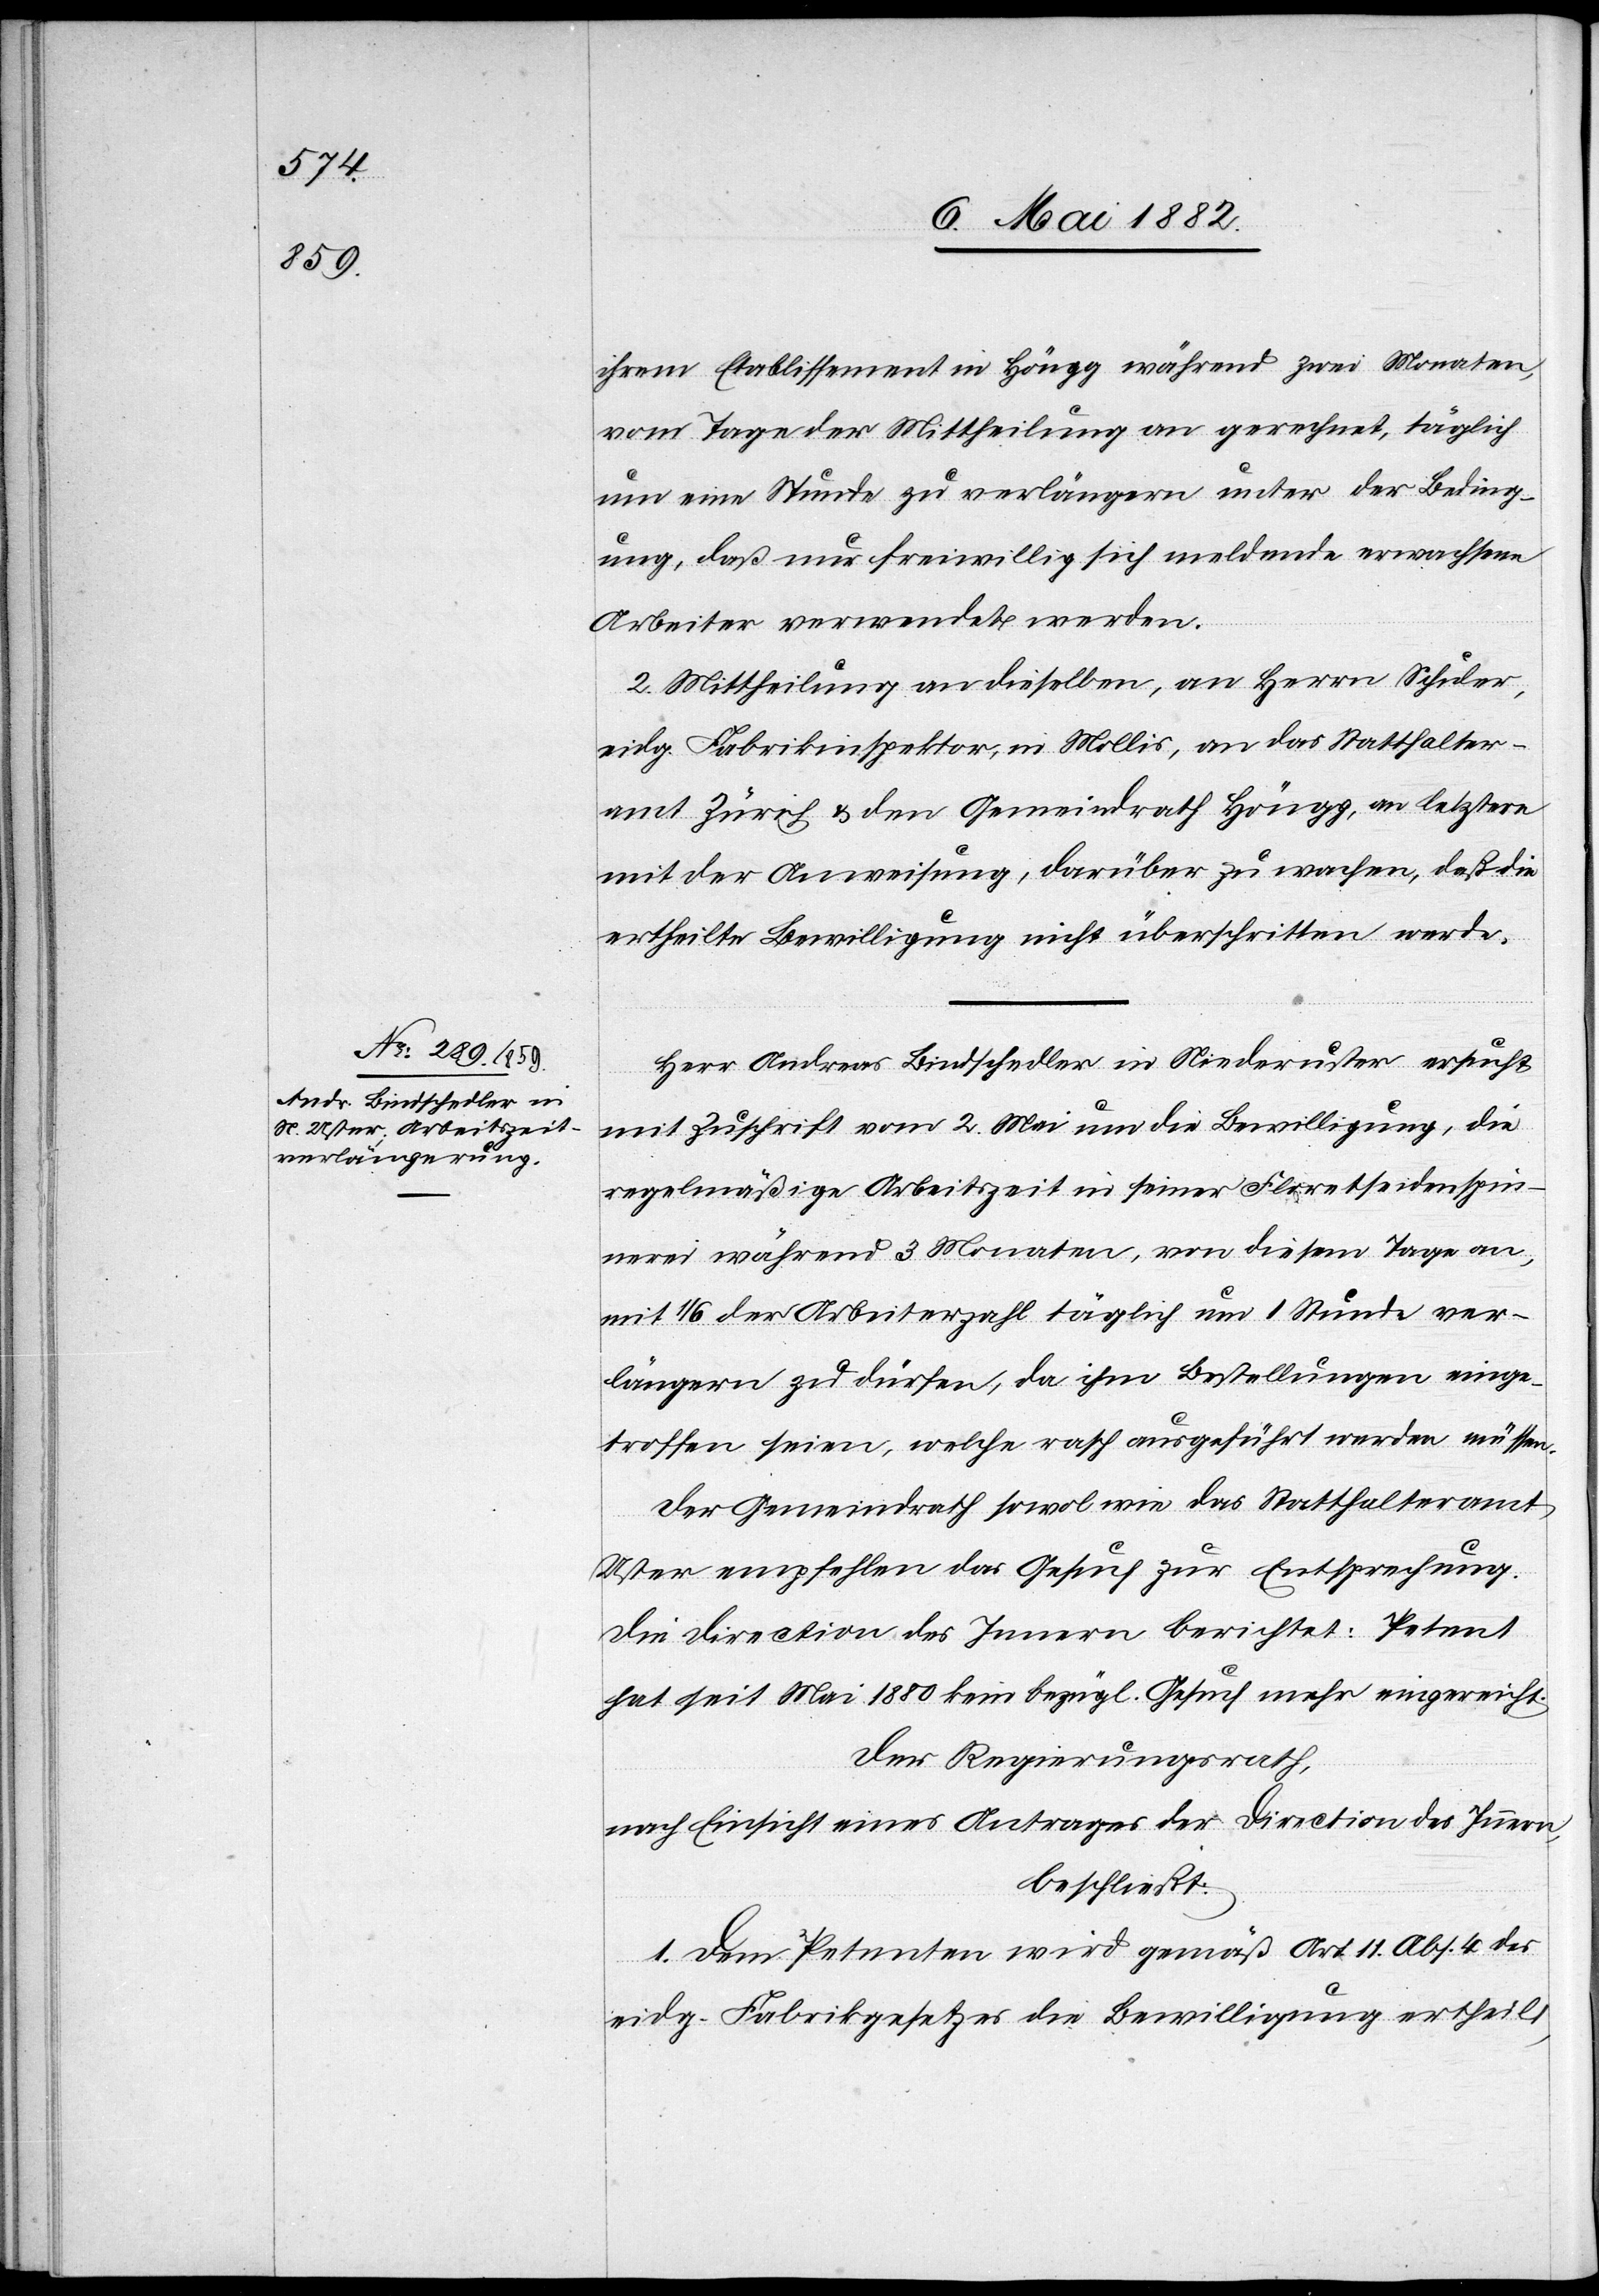
8. Mai 1882.]
ihrem Etablissement in Höngg während zwei Monaten,
vom Tage der Mittheilung an gerechnet, täglich
um eine Stunde zu verlängern unter der Beding¬
ung, daß nur freiwillig sich meldende erwachsene
Arbeiter verwendet werden.
2. Mittheilung an dieselben, an Herrn Schuler,
eidg. Fabrikinspektor, in Mollis, an das Statthalter¬
amt Zürich & den Gemeindrath Höngg, an letztere
mit der Anweisung, darüber zu wachen, daß die
ertheilte Bewilligung nicht überschritten werde.
Herr Andreas Bindschedler in Niederuster ersucht
mit Zuschrift vom 2. Mai um die Bewilligung, die
regelmäßige Arbeitszeit in seiner Floretseidenspin¬
nerei während 3 Monaten, von diesem Tage an,
mit 1/6 der Arbeiter täglich um 1 Stunde ver¬
längern zu dürfen, da ihm Bestellungen einge¬
troffen seien, welche rasch ausgeführt werden müssen.
Der Gemeindrath sowol als das Statthalteramt
Uster empfehlen das Gesuch zur Entsprechung.
Die Direction des Innern berichtet: Petent
hat seit Mai 1880 kein bezügl. Gesuch mehr eingereicht.
Der Regierungsrath,
nach Einsicht eines Antrages der Direction des Innern,
beschließt:
1. Dem Petenten wird gemäß Art. 11 Abs. 4 des
eidg. Fabrikgesetzes die Bewilligung ertheilt,